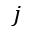
j